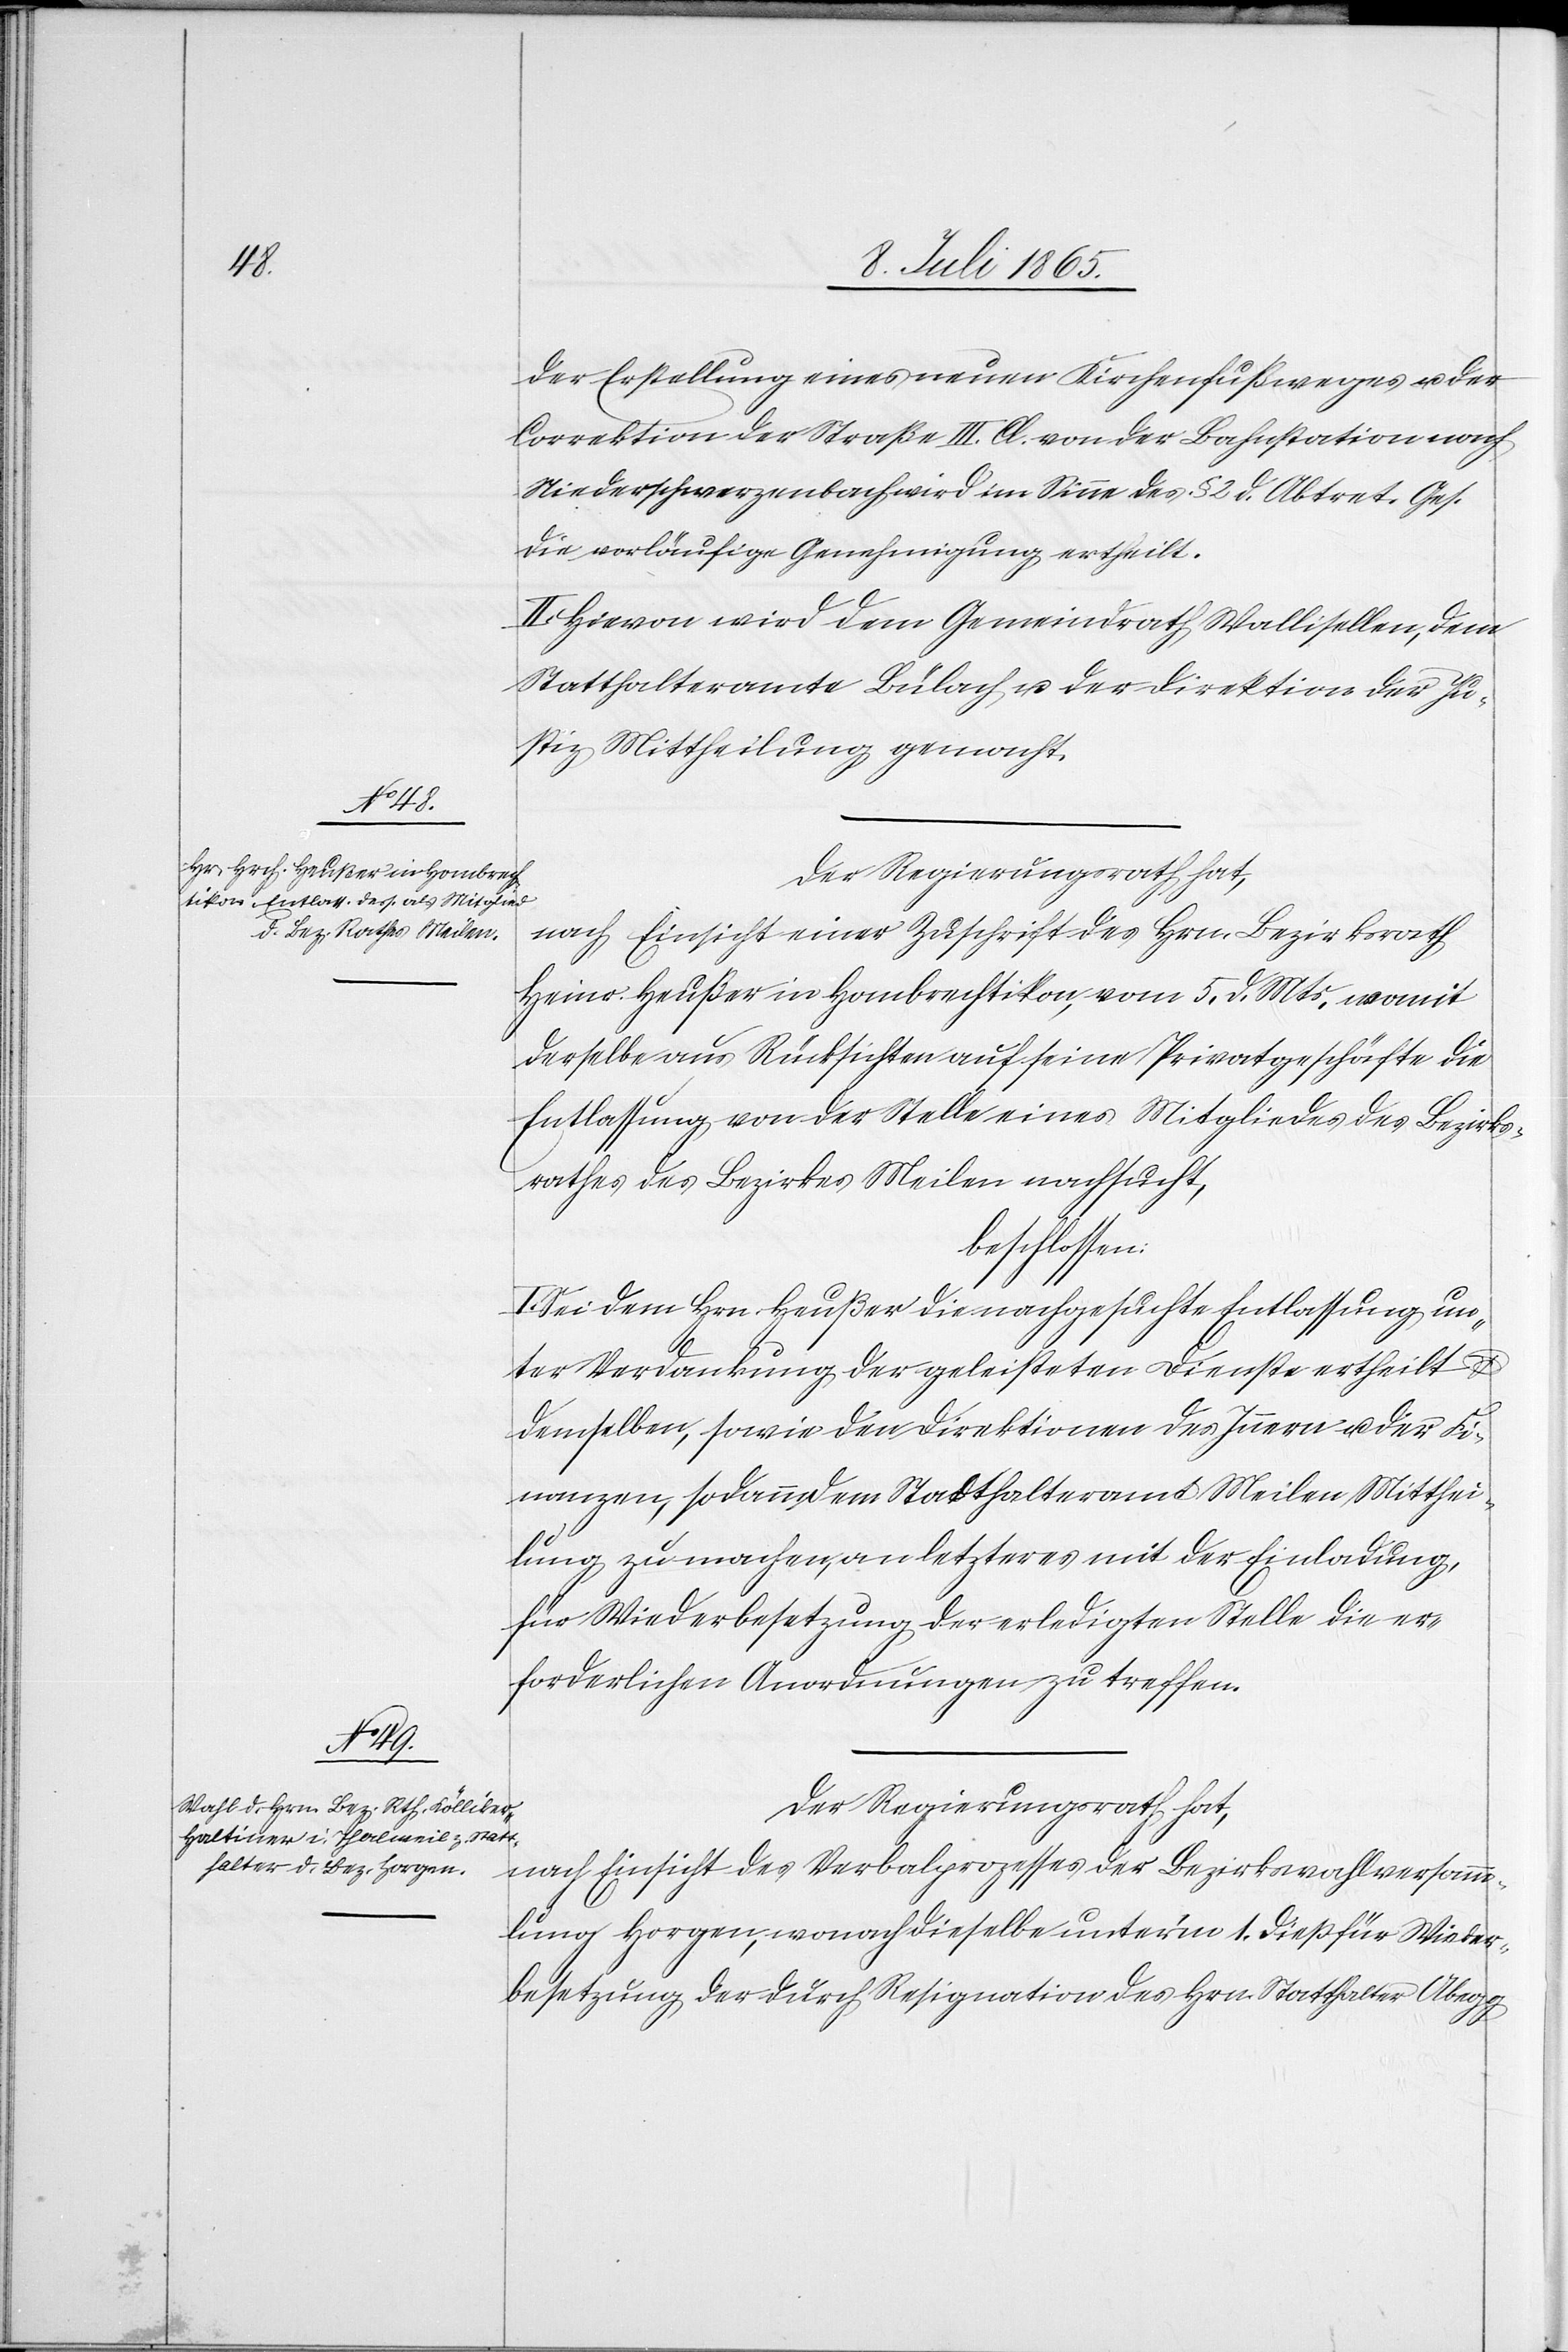
der Erstellung eines neuen Kirchenfußweges u. der
Correktion der Straße III. Cl. von der Bahnstation nach
Niederschwerzenbach wird im Sinne des § 2 d. Abtret. Ges.
die vorläufige Genehmigung ertheilt.
II. Hievon wird dem Gemeindrath Wallisellen, dem
Statthalteramte Bülach u. der Direktion der Ju¬
stiz Mittheilung gemacht.
Der Regierungsrath hat,
nach Einsicht einer Zuschrift des Hrn. Bezirksrath
Heinr. Heußer in Hombrechtikon, vom 5. d. Mts. womit
derselbe aus Rücksichten auf seine Privatgeschäfte die
Entlassung von der Stelle eines Mitgliedes des Bezirks¬
rathes des Bezirkes Meilen nachsucht,
beschlossen:
Sei dem Hrn. Heußer die nachgesuchte Entlassung un¬
ter Verdankung der geleisteten Dienste ertheilt u.
demselben, sowie den Direktionen des Innern u. der Fi¬
nanzen, sodann dem Statthalteramt Meilen Mitthei¬
lung zu machen, an letzteres mit der Einladung,
für Wiederbesetzung der erledigten Stelle die er¬
forderlichen Anordnungen zu treffen.
nach Einsicht des Verbalprozesses der Bezirkswahlversamm¬
lung Horgen, wonach dieselbe unter’m 1. dieß für Wieder¬
besetzung der durch Resignation des Hrn. Statthalter Abegg